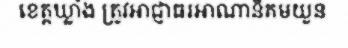
ខេត្តឃ្លាំង ត្រូវអាជ្ញាធរអាណានិគមយួន